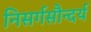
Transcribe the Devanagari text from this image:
निसर्गसौन्दर्य